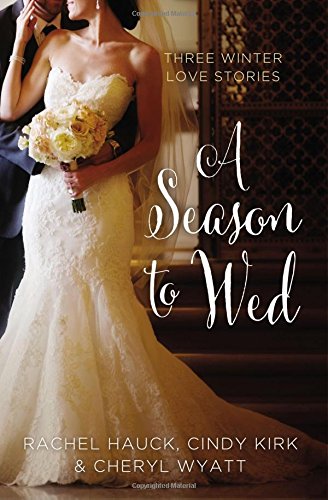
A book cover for A Season to Wed: Three Winter Love Stories (A Year of Weddings Novella); Cindy Kirk; Romance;